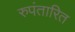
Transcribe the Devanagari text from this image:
रुपंतारित